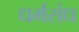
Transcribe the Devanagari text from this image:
धर्मसंध